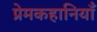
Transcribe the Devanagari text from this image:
प्रेमकहानियाँ